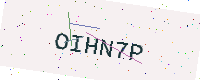
Text: OIHN7P